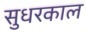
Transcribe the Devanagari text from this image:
सुधरकाल